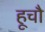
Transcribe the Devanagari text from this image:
हूचौ